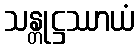
သန္တုဋ္ဌဿာယံ